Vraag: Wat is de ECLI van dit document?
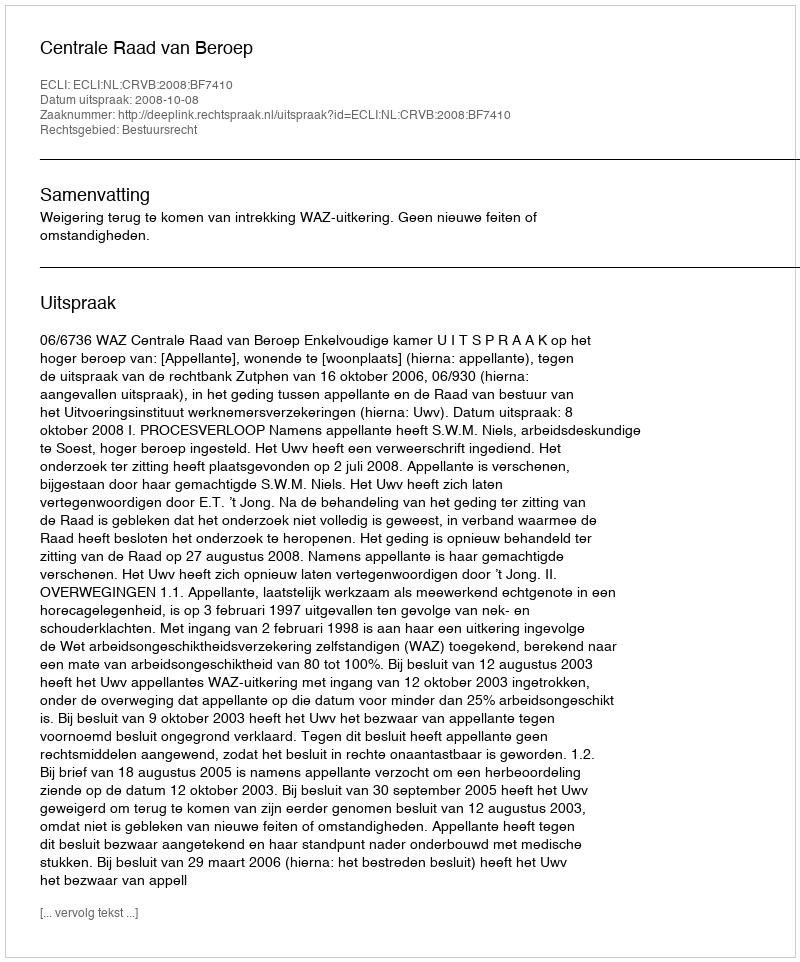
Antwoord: ECLI:NL:CRVB:2008:BF7410